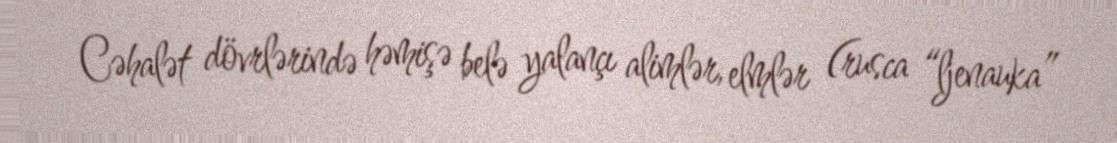
Cəhalət dövrlərində həmişə belə yalançı alimlər, elmlər (rusca “ljenauka”